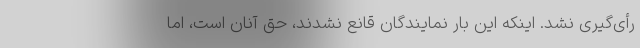
رأی‌گیری نشد. اینکه این بار نمایندگان قانع نشدند، حق آنان است، اما